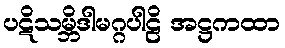
ပဋိသမ္ဘိဒါမဂ္ဂပါဠိ အဋ္ဌကထာ